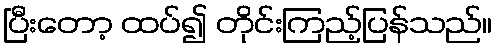
ပြီးတော့ ထပ်၍ တိုင်းကြည့်ပြန်သည်။